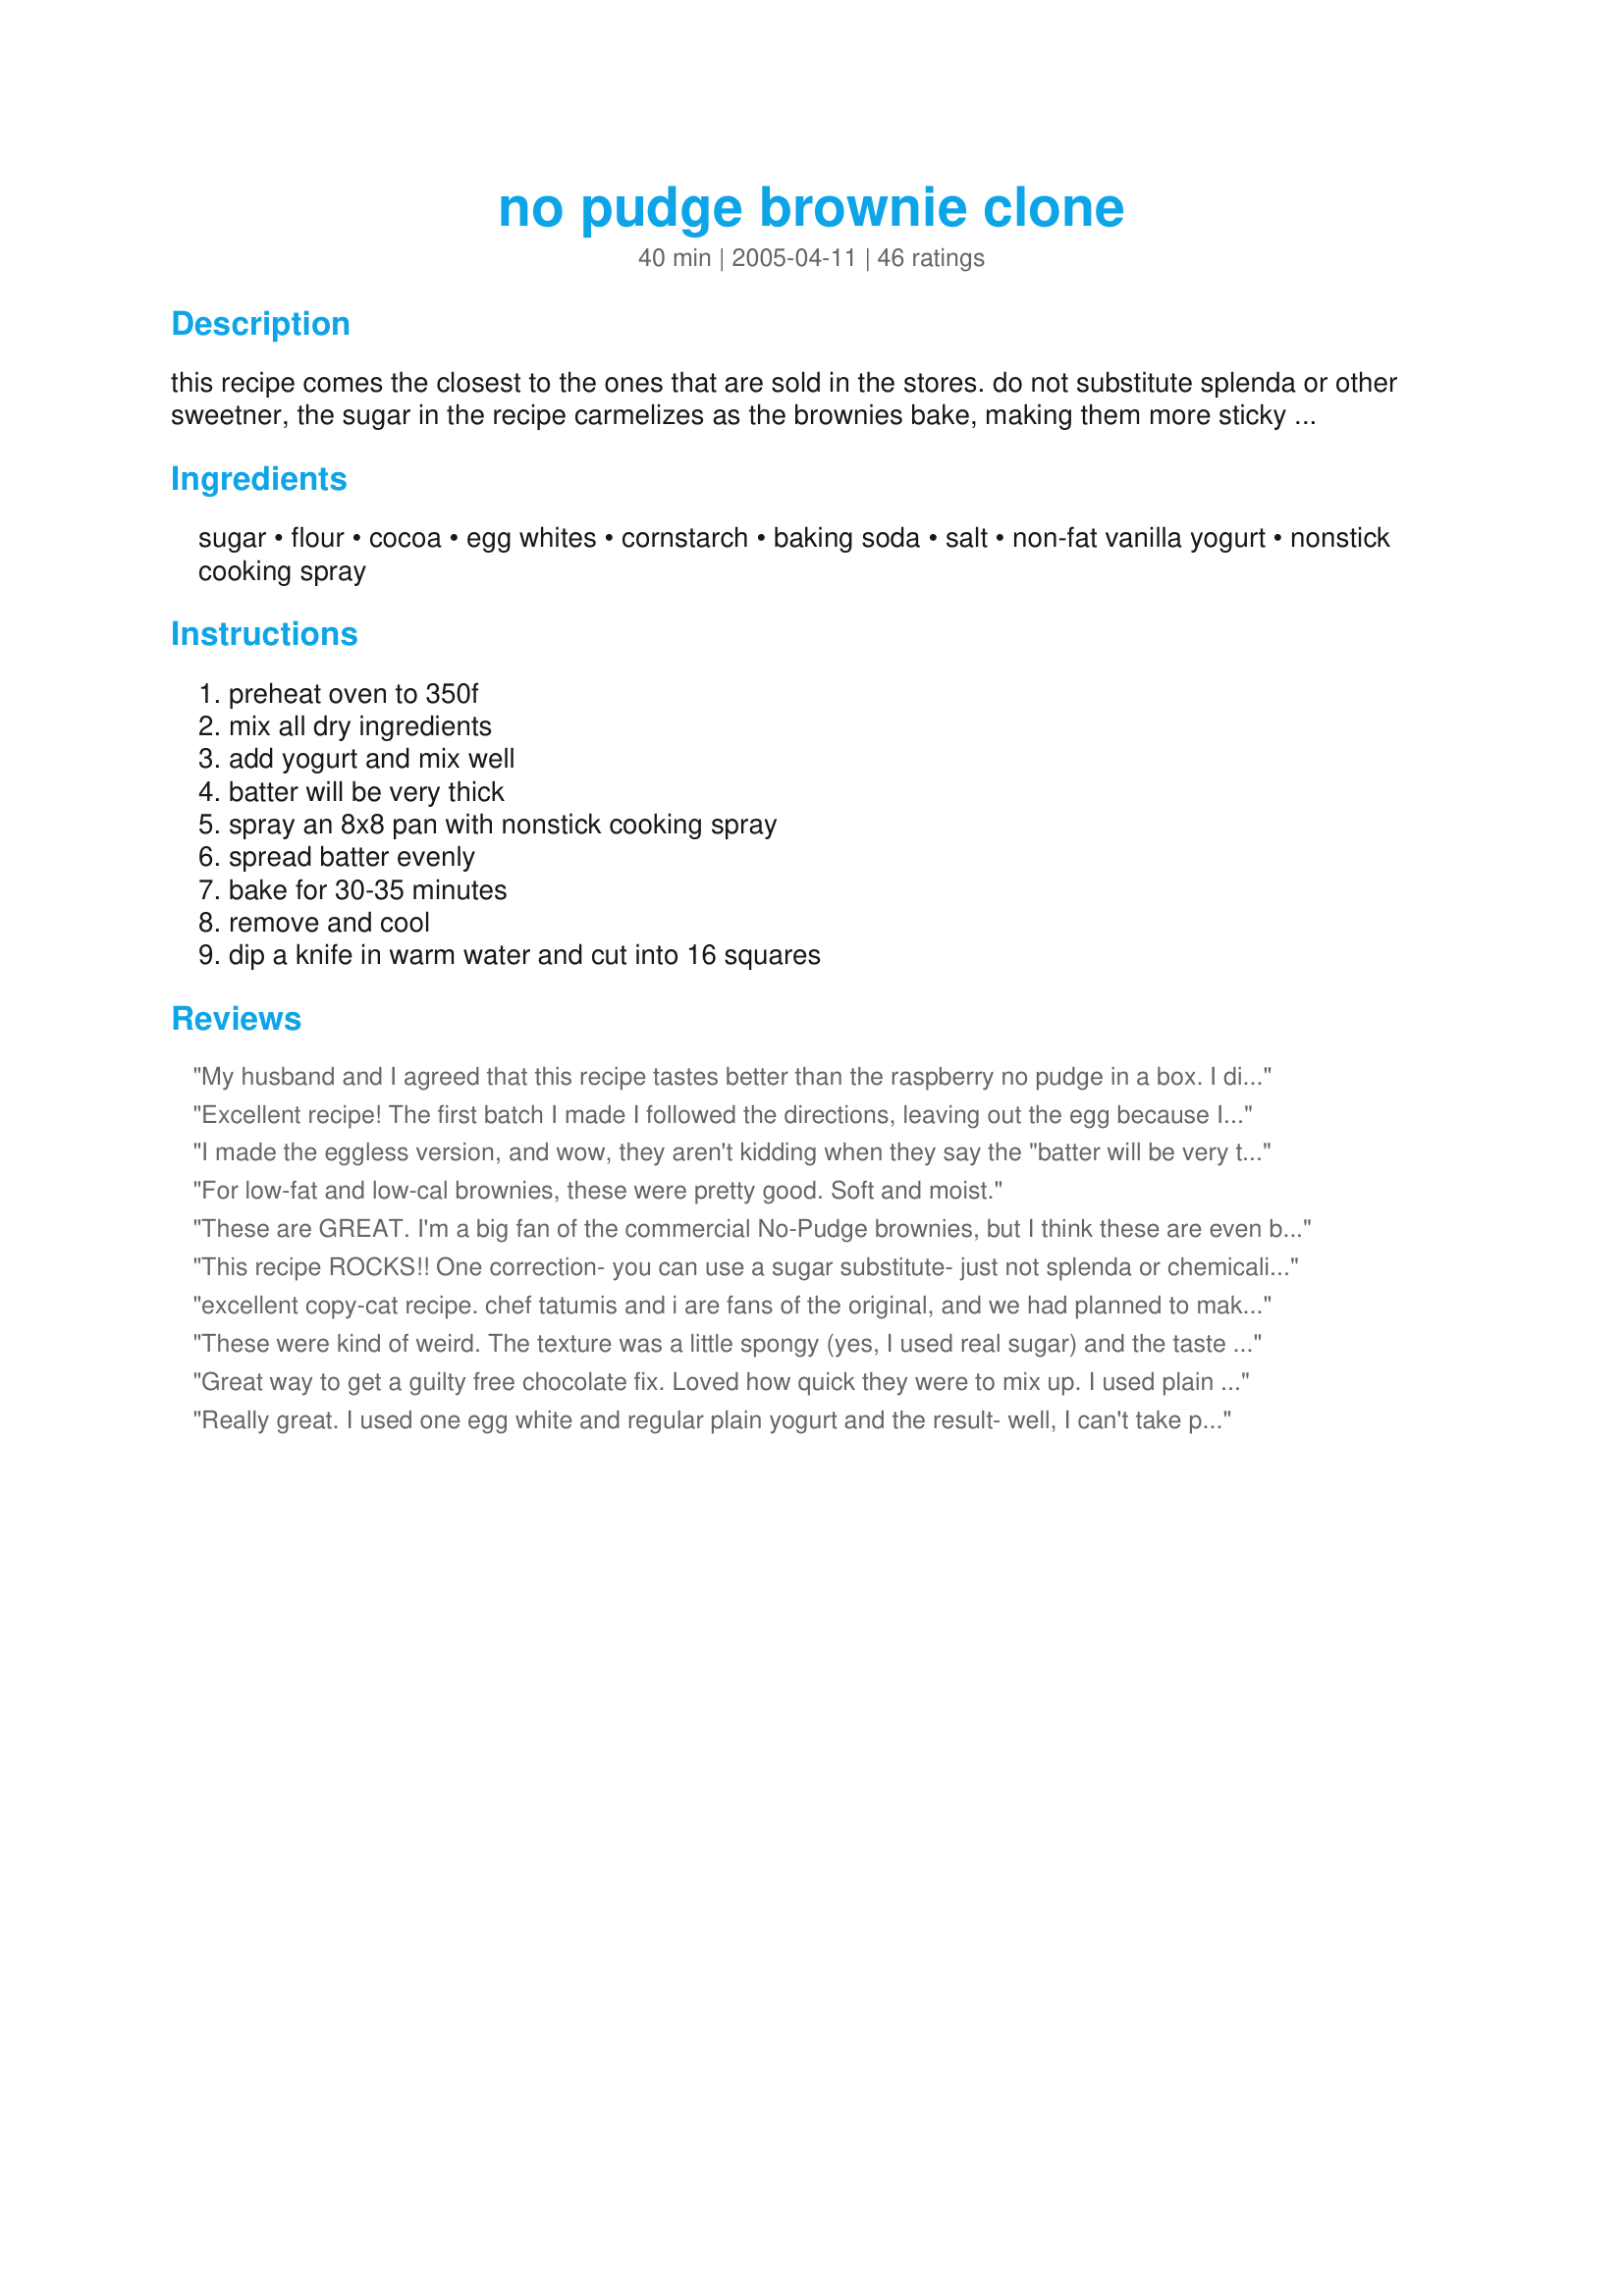
no pudge brownie clone
Preparation time: 40 minutes

this recipe comes the closest to the ones that are sold in the stores. do not substitute splenda or other sweetner, the sugar in the recipe carmelizes as the brownies bake, making them more sticky (when i used splenda, they felt like rubber. on the box vital wheat gluten also appears, i learned that it helps the brownies rise as the batter is rich in sugar. i figure about 1/2-1 teaspoon is enough
* i didn't have yogurt at hand but i had some milk and jello sugar free fat free instant chocolate pudding. i made the pudding according to recipe on the box and substituted it cup for cup (i omitted the baking soda because the soda is there to offset the acidity in yogurt, no yogurt= no need for soda). the brownies came out even better!

Ingredients:
sugar, flour, cocoa, egg whites, cornstarch, baking soda, salt, non-fat vanilla yogurt, nonstick cooking spray

Steps:
preheat oven to 350f, mix all dry ingredients, add yogurt and mix well, batter will be very thick, spray an 8x8 pan with nonstick cooking spray, spread batter evenly, bake for 30-35 minutes, remove and cool, dip a knife in warm water and cut into 16 squares

Reviews:
My husband and I agreed that this recipe tastes better than the raspberry no pudge in a box. I didn't use the eggs because the yogurt makes it fluffy enough, and I used about 3/4 cup of the yogurt, and they turned out great. Of course they didn't last long and we made fat free sundaes.
Excellent recipe! The first batch I made I followed the directions, leaving out the egg because I love dense, gooey brownies, and the texture was a little... fat free. I replaced the all purpose flour with 3/4 cup 1 Tbsp. of sifted cake flour and cut the baking time to 25 min and they were perfect! None of my roommates could even tell they were fat free!
I made the eggless version, and wow, they aren't kidding when they say the "batter will be very thick"! I did not have to add extra yogurt like another reviewer had to, but I definitely recommend using an electric mixer. These brownies satisfied my sweet tooth, but and I will bake these again. All in all, a good fat-free recipe!
For low-fat and low-cal brownies, these were pretty good. Soft and moist.
These are GREAT. I'm a big fan of the commercial No-Pudge brownies, but I think these are even better. I made 'em with the egg whites, and used a container of Fage Total Nonfat Yogurt, plus a teaspoon of Penzey's Mexican vanilla extract. They came out very light and cakey (which was a good thing), and the flavor was very rich. I'll definitely be making these again -- and again and again!
This recipe ROCKS!! One correction- you can use a sugar substitute- just not splenda or chemicalized sweeteners. I make this almost weekly for Bible study and everyone LOVES it! I make 4X the recipe in my largest jelly roll pan and use 2 C xylatol, 1 C "Stevia In The Raw", and 1 C. agave syrup (or maple). I use whole wheat pastry flour or wh.wheat white flour for 2/3 of the flour and 1/3 brown rice flour- to make a 'complete' protein. Instead of yogurt I simmer 1 bag TJ's frozen spinach in about 1 C. milk 'till soft, then add 1/2 C. buttermilk powder, dash vanilla and dash stevia (concentrate), blend well 'till it tastes like vanilla yogurt :) You can substitute spinach puree or applesauce for the oil in any recipe :) After baking them, I sprinkle choc. chips on top and leave in closed oven 'till melty, then spread them. No one imagines how healthy these are for them, and they all rave about them :)
excellent copy-cat recipe. chef tatumis and i are fans of the original, and we had planned to make our own "clone" before we discovered this on recipezaar. tastes as wonderful as the original. i like them best with egg whites, and the gluten is not necessary if you don't keep it on hand. you can use plain yogurt and add about a teaspoon of vanilla extract, or for a little variety try a non-fat fruit-flavored yogurt, or throw some fresh fruit (like blueberries) into the mix.
These were kind of weird. The texture was a little spongy (yes, I used real sugar) and the taste wasn't that great. I won't make these again.
Great way to get a guilty free chocolate fix. Loved how quick they were to mix up. I used plain Greek yogurt and went ahead and used a whole egg because the yogurt I was using was pretty thick. Baked for 30 mins. and they came out great. Thanks for posting!
Really great. I used one egg white and regular plain yogurt and the result- well, I can't take pictures of it because it's gone! My friend, roommate and I devoured the whole thing before it had a chance to cool! Not entirely guilt free, but close enough :)
Great Brownie Anka. I used self-raising flour - and no baking soda. I forgot to add the cornflour, however it had no ill effect. I used plain low fat youghurt & used another reviewers suggestion to add vanilla extract....also as this was mainly for the kids-I snuck in a handfull of choc buttons. I treated the mixing as I would a muffin mix & used a metal spoon until it was just combined. The result was a light cake like slice which was really enjoyed by all.
Good! Fudgy and sweet treat. They do taste lowfat to me, but since I haven't tried No Pudge Brownies, I can't compare them as a copycat recipe. I used a combination of unbleached all-purpose and white whole wheat flour, no egg whites and 1/2 t gluten. Baked in a 10x7 brownie pan for 25 minutes. A wonderful guiltless treat! Thanks for sharing the recipe!
Fabulous! I use a half white/half wheat blend and it worked great. I was out of yogurt so I used Anka's suggestion and used made up ff/sf chocolate pudding. I forgot and left the baking soda in with no issue. I know I'll be making these a lot. Thanks so much!
I found this after seeing the Top secret recipe - I mean who has dried egg whites? not in Australia. I think the main problem with these is they don't go fudgey until the next day and with that wonderful chocolate smell permeating your house they aren't going to last that long. I used normal Greek yogurt as that is what I buy, used 1 egg and 1/2 the sugar. I did go bad when looking if I had pecans came across a bag of Maltesers - so popped just some of these into the top and smoothed it over (so they didn't sink & burn on bottom). Tried on the first day and they were cake like but slight taste of flour and bicarbonate, Next day the flavours came together, the texture changed and were delicious.
I enjoyed this brownie recipe, I didn&#039;t have yogurt so I used sour cream instead and I added&lt;br/&gt;a half of tsp. of instant expresso powder.
I made these last week and just enjoyed them so much. I used a coffee flavored yogurt, that's all I had and they were delicious, sprinkling some chipits into the batter too. They did not last long. Very chewy and gooey, the way we like them. Perfect instructions for baking, they popped out of the pan, no problems at all. No eggs used at all. What a treat!
Freakin' delicious!! My first non fat brownie ever and I don't miss any of the fat. It came out very moist, rich, fudgy, and somewhat 'cakey'. Maybe I'll try just adding one egg white instead of two next time to try to get more of a dense texture. THis was soooo good, and the best part is that it's guilt free!! I will make this again! UPDATE: I made this again, minus the egg whites. It's more brownie like w/o. Also, I halved the amount of sugar, and it's still plenty sweet(although I did add a handful of milk choc chips!!).
Thank you for posting this recipe! I used to buy the boxed mix, but now since living in New Zealand I can't get it. I've made these several times now and they're great for a fat free treat. They're not super low in calories so you have to make sure you watch the portion sizes! I didn't use the egg whites in them at all and they turned out great that way. Last time I made them i put them in a fluted tub pan with a flat bottom and then turned them out of the pan when they had cooled a little. It makes them easier to cut when you only have to make one cut per piece.
These brownies came out great. Thanks!
These were great!! almost felt gulity eating them!! does anyone have another low fat low calorie cookie, or bar recipe?
I made these last weekend. My boyfriend and I ate them in two days!! So good, and so moist!!!
These brownies came out just perfect! I made them for a picnic and no one had a clue they were low fat! I pretty much followed the recipe, but I increased the yogurt to 1 cup, added enough water to make a smooth batter, and sprinkled a few semisweet chocolate chips on top. I also took the brownies out after 25 minutes in the oven. They were just the right combo of cake and fudge! Definitely making these again!
This is my favorite recipe to experiment with! My latest and greatest attempt turned out sinfully fudgy -- and I used Splenda! I replaced half the sugar with Splenda (actually, 7 tbsp. Splenda and 1 tbsp. erythritol) and used an entire 8 oz. container of lowfat yogurt. I forgot the cornstarch, left out the egg whites, then added a tbsp. of raw agave nectar to make the batter a little easier to spread. I don't have an 8x8 pan so I used a smaller pan (about 6x6, maybe) and baked for 40 minutes. Wow! It rose high enough to look more like a cake than a brownie, but it was still very fudgy. I'd like to reduce the sugar even more, so I'm going to keep experimenting. These brownies rock!
Delicious! I added one egg because I like it a little cake like and sprinkled some extra chocolate chips that I had on hand, just cause. Absolutely wonderful!
I'm sorry, but we weren't crazy about these. I'm actually the only person I made them for who would eat them. I guess they are alright for being fat free, but I don't think I'll be trying these again.
Very much like the original. And a much cheaper price. Plus I have been wanting to experiment with No Pudge but the price put me off. Mixed up well. Baked very nicely. Rich Dark Chocolate taste. made a batch with Soy Yogurt vanilla flavored also and it turned out very well so it works with that yogurt also for those who must avoid milk. However on this update.. yeah I ignored what the chef said and tried the Splenda because the diabetic was nagging for some. It failed totally. Not only did I have rubber, I had flat rubber. IF the chef says no, don't ignore them. they know what they are talking about. They turn out perfect with the sugar.
wasn't as cakey as i'd like. i expected a diety tasting brownie, but it was more chewy than i had liked.
I used 1/2 sugar and 1/2 Splenda in the Raw. It turned out just as well as the original recipe. I did not add egg whites.
I love these brownies. I made some substitutions due to lack of ingredients on-hand (I used light brown sugar, whole-wheat pastry flour, non-fat plain yogurt) and I thought they still came out great! I didn't use eggs but I did use the entire 8 oz cup of yogurt and I like how they came out nice and moist. I also added in a handful of semi-sweet chocolate chips as a little splurge. I will definitely make these again.
Way too dry without adding a second cup of yogurt. They turned out like cake, not brownies.
These brownies are a chocolate lovers deam and low fat. Great, will become a favorite. Love them.
This tastes just like No Pudge Fudge Brownie Mix. I'm never buying it again. Thanks!
AMAZING!!! get this: i cut the sugar to half and baked in the microwave for about 10 mins and it still cam out fabuolous!! i did have to add a lil milk though, but maybe cuz of the less sugar...thx a mil!
In a word, YUM. I just made a batch and couldn't wait for them to cool completely...they're out of SIGHT! The recipe was a snap and didn't take probably 5 minutes to whip up. I can't wait until after dinner to have some local/low fat vanilla ice cream with them, warmed up a bit. Will be making these OFTEN. Thanks SO much for sharing. My 6 year old "licked the bowl" and couldn't tell the difference, I can't wait to spring them on DH to see if he does. You've made sticking to my diet a whole lot easier (and easier on my wallet, rather than spending $2+ a box for the WW chocolate treats).
These are way better than No Pudge. I skipped optional egg whites, replaced 1/2 of the white flour with wheat. I did end up adding about a tablespoon extra of yogurt to make it more spreadable.
These are really great! I mix it up in a Ziploc back and measure out 2 T and add 1 T in a mug and microwave it for 1 minute. Then I add coolwhip and a little drizzle of chocolate syrup on top. Excellent.
What can I say - YUM YUM YUM!!! This was the first time I made brownies and I have to say that this recipe hit the spot. I loved how the brownie was light and fluffy-textured yet still had the fudgy & intense chocolate taste that people would expect from a brownie. I've seen countless recipes of brownies that look more like solid slabs and have also tasted some myself. While it is easy to pack in a lot of chocolate flavour and sugar into a brownie, the real challenge lies in finding the right texture that makes for a completely enjoyable eating experience (trying not to sound too formal here!). I like to be able to alternate between a crisp, chewy exterior and a rich, fudgy interior when I eat one, and am sooooo glad to have found this recipe! It uses only staple ingredients, is sooo easy to make, uses no fat (it seriously doesn't need to) and above all, keeps you coming back for more! I'm definitely going to make this again and again - which doesn't usually come from someone who limits their sweet intake :)
For being non fat, these were very tasty brownies! I didn't add the egg whites, so they had the consistency of regular brownies. I only had plain yogurt on hand, so I added a 1/4 tsp of vanilla extract, for a bit more flavor. Thanks for the recipe, next time I need a chocolate fix...I'll be making these!
Thank you, thank you, thank you. The store bought kind are just too expensive for me; these are pretty much an exact duplicate. I made a single serving with blueberry yogurt (yumyum) but I've found I like these best made with -- cottage cheese (it might be an accquired taste, but it makes them richer, in my opinion). Thanks again!
Easy, good, and you probably have everything to make them. No one would suspect they were no fat, no egg. I will certainly make them again, they are disappearing very fast!
Like another reviewer, I made a single serving of this, and loved it! I made it 3 times in 2 days! Thank you so much.
Very good! I've been looking for another yogurt brownie recipe for some time, and I believe that this one's a keeper. I added one egg white as a sort of compromise, and although they were slightly too "puffy" for my taste (the egg white's doing?) they were still excelent! You would never guess that they're fat free. ^_^ Next time, I think I'll try them with the chocolate pudding and some walnuts.
Well these certainly don't taste fat free! When DH came home from work he grabbed one and said, "MMM". Then I made the mistake of saying they're fat free and he said, "UHH". But he ate another one anyway so he must not have minded (ladies don't tell hubbies they're fat free). I forgot I had no eggs mid-recipe so I did the eggless version and had to use an extra couple scoups of yogurt to get everything to mix together--the end result was YUMMY!
I'm generally not a huge brownie fan, but these have converted me! As I was assembling I realized I didn't have enough cocoa, so I only used 1/4 c. and it was perfectly chocolatey. I left out the egg whites and used plain nonfat yogurt and 1 t. vanilla extract. I blended it all together with my hand mixer and poured it out into the pan to bake. I did underbake it a tad and the result was that the bottom was very fudgey and delicious! Thanks! I divided it into 9 servings at 2.5 points a piece (for those on Weight Watchers).
Wow, better than regular brownies! I think this will be my to go to brownie recipes from now on :) I omitted 1/4 a cup of sugar, because we don't like pastries too sweet. I used raspberry yogurt with two tsp of vanilla extract and added some white chocolate chips in it... i also put in one whole egg, because the batter so so thick and i didnt know what to do with an egg yolk. It was really fluffy, so I'll stick with no eggs next time. Thanks for the great recipes!
yum!! made with 1/2 splenda and 1/2 sugar, omitting the cornstarch and eggs. the brownies were much better the second day. they also arent fudgy in the strictest sense, but might be more so if baked for a shorter period. thanks so much!
